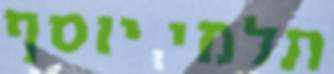
תלמי יוסף